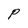
Character: P